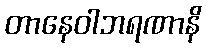
တာနေဝါဘရဏာနိ